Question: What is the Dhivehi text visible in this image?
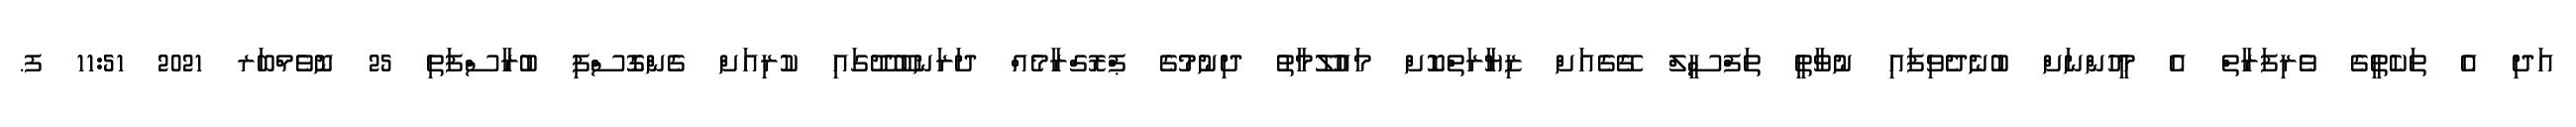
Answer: އަދި އެ ތަކެތީގެ ވެރިފަރާތް އެ މީހުންނަށް ބުނެދެވިފައި ނުވާތީ ތަފްސީލް ގޭގެއަށް ޒިޔާރަތްކޮށް މައުލޫމާތު ދިނުމުގެ ޕްރޮގްރާމެއް ދަރަނބޫދޫގައި ކުރިއަށް ގެންގޮސްފި ބުރާސްފަތި 25 ނޮވެމްބަރ 2021 11:51 ފ.